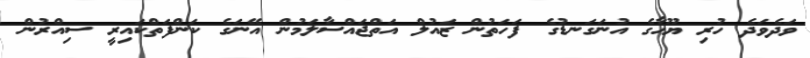
ވަދެވަދެ ހުރި ޔޫހާގެ އުނަގަނޑުގެ ފަހަތުން ޒައުލް އަތްޖައްސާލަމުން އޭނަގެ ކަންފަތްކައިރީ ސިއްރުން